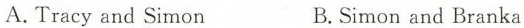
A.Tracy and Simon B.Simon and Branka